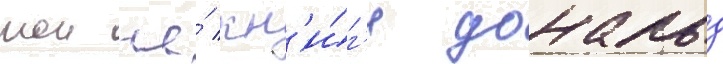
тои же́ кн'и́г'е дональд